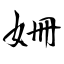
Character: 姍